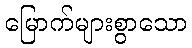
မြောက်များစွာသော